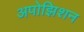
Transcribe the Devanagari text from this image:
अपोझिशन